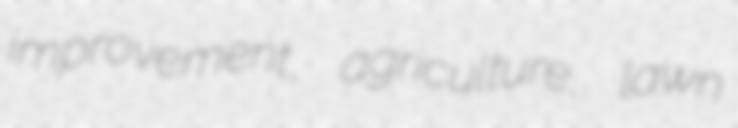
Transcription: improvement, agriculture, lawn